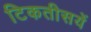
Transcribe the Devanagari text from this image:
टिकतीसयें